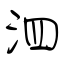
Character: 泗